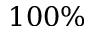
1 0 0 \%